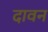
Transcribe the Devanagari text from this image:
दावन